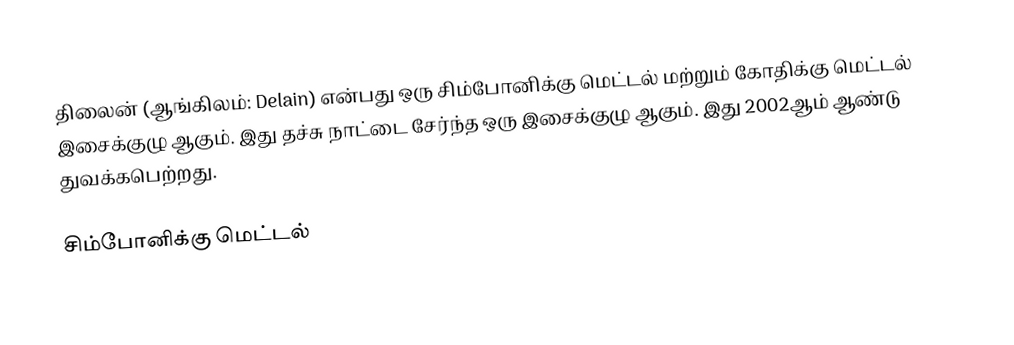
திலைன் (ஆங்கிலம்: Delain) என்பது ஒரு சிம்போனிக்கு மெட்டல் மற்றும் கோதிக்கு மெட்டல் இசைக்குழு ஆகும். இது தச்சு நாட்டை சேர்ந்த ஒரு இசைக்குழு ஆகும். இது 2002ஆம் ஆண்டு துவக்கபெற்றது.

சிம்போனிக்கு மெட்டல்